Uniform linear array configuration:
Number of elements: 24
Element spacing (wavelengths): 0.25
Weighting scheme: binomial
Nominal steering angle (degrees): -30
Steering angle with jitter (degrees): -28.909
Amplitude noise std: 0.05
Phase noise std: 0.05

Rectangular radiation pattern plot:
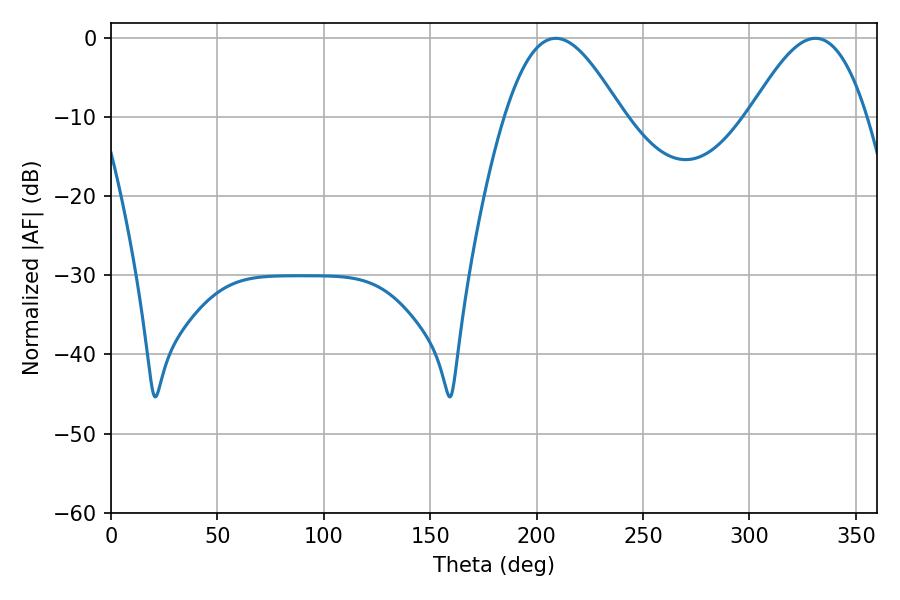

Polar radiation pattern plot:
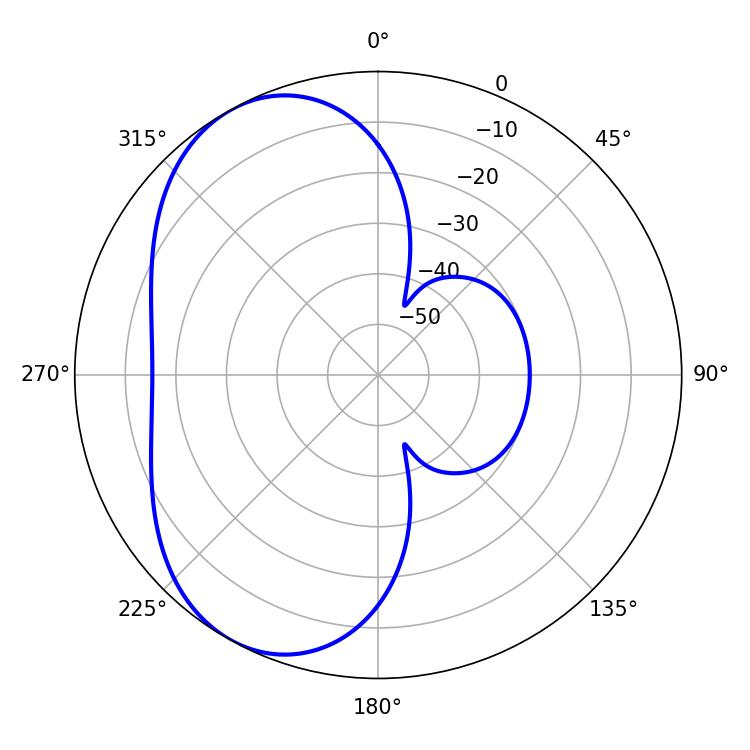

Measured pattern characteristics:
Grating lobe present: FALSE
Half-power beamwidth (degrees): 29.7
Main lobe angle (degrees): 208.98